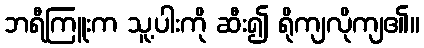
ဘရီကြူးက သူ့ပါးကို ဆီး၍ ရိုကျလိုကျ၏။